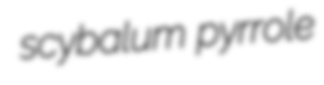
scybalum pyrrole